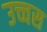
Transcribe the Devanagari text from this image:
उच्चस